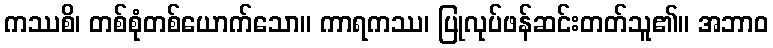
ကဿစိ၊ တစ်စုံတစ်ယောက်သော။ ကာရကဿ၊ ပြုလုပ်ဖန်ဆင်းတတ်သူ၏။ အဘာဝ